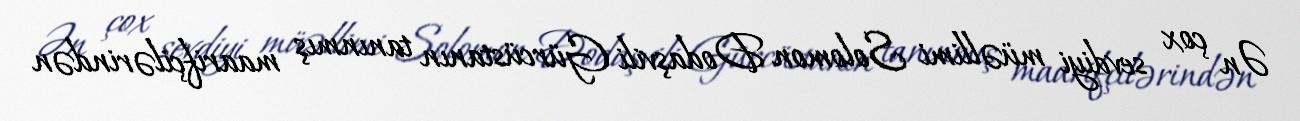
Ən çox sevdiyi müəllimi Solomon Dodaşvili Gürcüstanın tanınmış maarifçilərindən